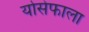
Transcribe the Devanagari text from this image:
योसेफाला